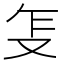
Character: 𰆺